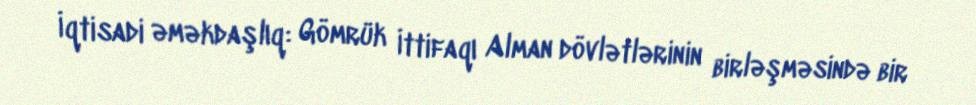
İqtisadi əməkdaşlıq: Gömrük İttifaqı Alman dövlətlərinin birləşməsində bir